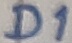
Text: D1